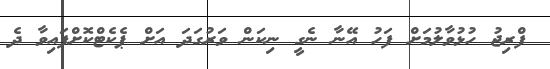
ފްރިޖު ހުޅުވާލުމަށް ފަހު އޭނާ ނެގީ ނިކަން ވަރުގަދަ އަށް ޕެކެޓްކޮށްފައިވާ ދެ